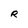
Character: R